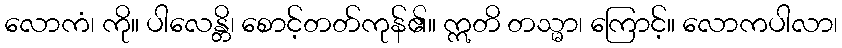
လောကံ၊ ကို။ ပါလေန္တိ၊ စောင့်တတ်ကုန်၏။ ဣတိ တသ္မာ၊ ကြောင့်။ လောကပါလာ၊